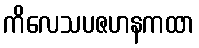
ကိလေသပဇဟနကထာ